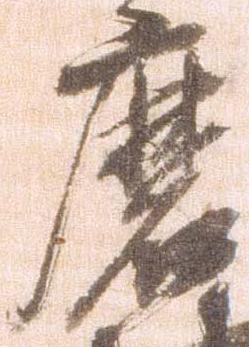
磨